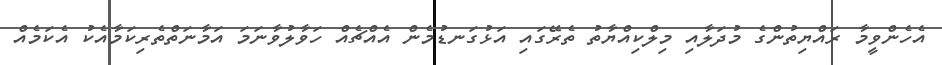
އެހެންވީމާ ރައްޔިތުންގެ މުދަލާއި މިލްކިއްޔާތު ތެރޭގައި އަޅުގަނޑުމެން އެއްޗެއް ހަވާލުވާނަމަ އަމާނަތްތެރިކަމާއެކު އެކަމެއް